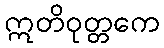
ဣတိဝုတ္တကေ